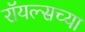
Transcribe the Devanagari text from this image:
रॉयल्सच्या